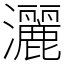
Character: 灑